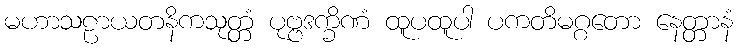
မဟာသဠာယတနိကသုတ္တံ ပုဗ္ဗဒက္ခိဏံ ထူပထူပါ ပကတိမဂ္ဂတော နေတ္တာနံ